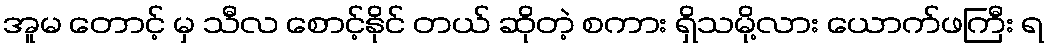
အူမ တောင့် မှ သီလ စောင့်နိုင် တယ် ဆိုတဲ့ စကား ရှိသမို့လား ယောက်ဖကြီး ရ